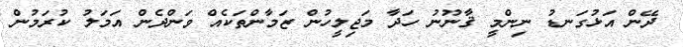
ދޭން އަޅުގަނޑު ނިންމީ ޤާނޫނު ހަދާ މަޖިލީހުން ޒަމާންތަކެއް ވަންދެން އަމަލު ކުރަމުން